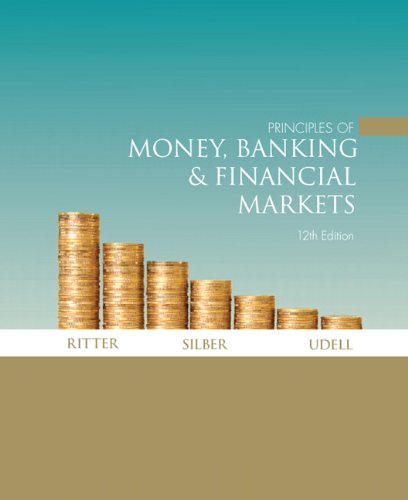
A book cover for Principles of Money, Banking & Financial Markets (12th Edition); Lawrence S. Ritter; Business & Money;